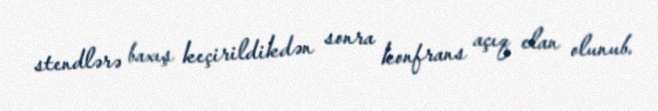
stendlərə baxış keçirildikdən sonra konfrans açıq elan olunub.